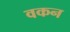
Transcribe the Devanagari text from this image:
वकन